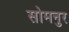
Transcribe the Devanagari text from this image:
सोमनुर